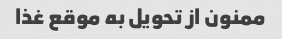
ممنون از تحویل به موقع غذا